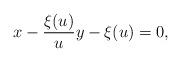
LaTeX: \begin{align*}x-\frac{\xi(u)}{u}y-\xi(u)=0,\end{align*}